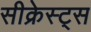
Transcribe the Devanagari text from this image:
सीक्रेस्ट्स